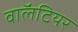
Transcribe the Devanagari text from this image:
वाॅलंटियर